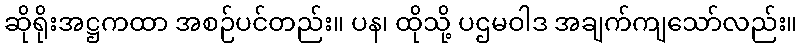
ဆိုရိုးအဋ္ဌကထာ အစဉ်ပင်တည်း။ ပန၊ ထိုသို့ ပဌမဝါဒ အချက်ကျသော်လည်း။